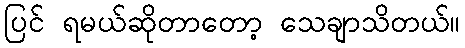
ပြင် ရမယ်ဆိုတာတော့ သေချာသိတယ်။